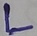
Text: L